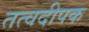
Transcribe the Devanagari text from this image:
तत्वदीपक